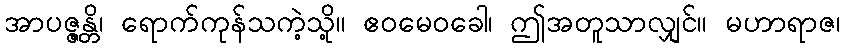
အာပဇ္ဇန္တိ၊ ရောက်ကုန်သကဲ့သို့။ ဧဝမေဝခေါ၊ ဤအတူသာလျှင်။ မဟာရာဇ၊